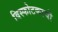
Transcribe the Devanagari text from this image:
विस्फोटकाची